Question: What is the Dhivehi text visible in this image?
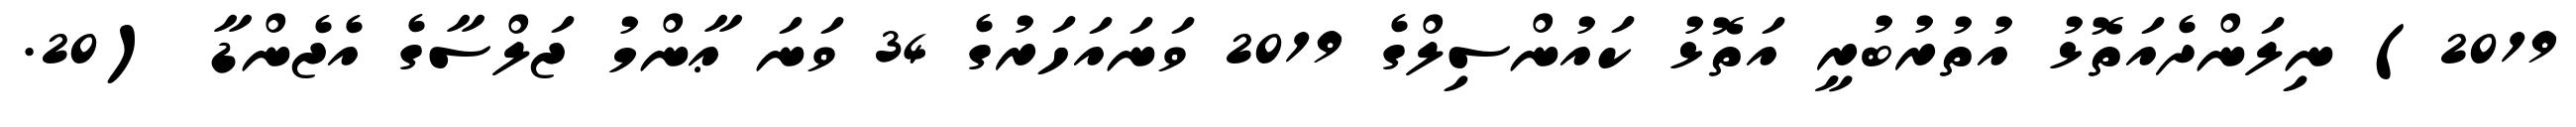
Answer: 2019) ނިލަންދެއަތޮޅު އުތުރުބުރީ އަތޮޅު ކައުންސިލްގެ 2019 ވަނައަހަރުގެ 34 ވަނަ ޢާންމު ޖަލްސާގެ އެޖެންޑާ (20.